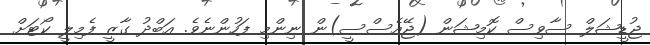
ޖުޑީޝަލް ސާވިސް ކޮމިޝަން (ޖޭއެސްސީ)ން ނިންމި ފަހުންނެވެ. އަބްދު ގާޒީ ފެމިލީ ކޯޓަށް